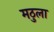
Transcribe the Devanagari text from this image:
मठुला